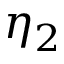
\eta _ { 2 }